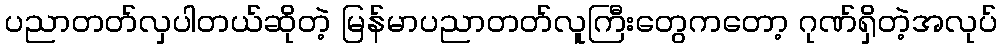
ပညာတတ်လှပါတယ်ဆိုတဲ့ မြန်မာပညာတတ်လူကြီးတွေကတော့ ဂုဏ်ရှိတဲ့အလုပ်